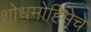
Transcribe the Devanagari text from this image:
शोधमोहिमेचे